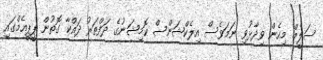
ސަލީމް މިހެން ވިދާޅުވި ނަމަވެސް އިލެކްޝަންސް ކޮމިޝަނުގެ ދަފްތަރު ދައްކާ ގޮތުން ޕީޕީއެމްގައި